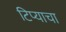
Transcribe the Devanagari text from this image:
टिप्याचा